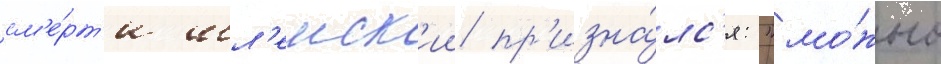
см'е́рт'и шл'енск'ии пр'изна́лс'я: "мо́жно